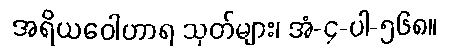
အရိယဝေါဟာရ သုတ်များ၊ အံ-၄-ပါ-၅၆၈။